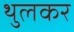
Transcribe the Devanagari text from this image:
थुलकर